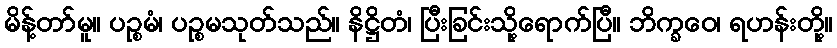
မိန့်တာ်မူ။ ပဉ္စမံ၊ ပဉ္စမသုတ်သည်။ နိဋ္ဌိတံ၊ ပြီးခြင်းသို့ရောက်ပြီ။ ဘိက္ခဝေ၊ ရဟန်းတို့။